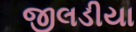
જીલડીયા